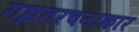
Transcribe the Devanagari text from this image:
गझलरचनाकार